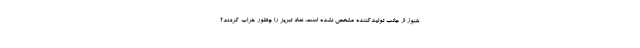
هنوز از جانب تولیدکننده مشخص نشده است. نماد تبریز را چطور خراب کردند؟